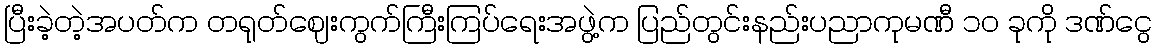
ပြီးခဲ့တဲ့အပတ်က တရုတ်ဈေးကွက်ကြီးကြပ်ရေးအဖွဲ့က ပြည်တွင်းနည်းပညာကုမဏီ ၁၀ ခုကို ဒဏ်ငွေ